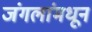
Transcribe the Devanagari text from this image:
जंगलांमधून